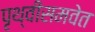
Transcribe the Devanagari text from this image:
पृथ्वीसमवेत